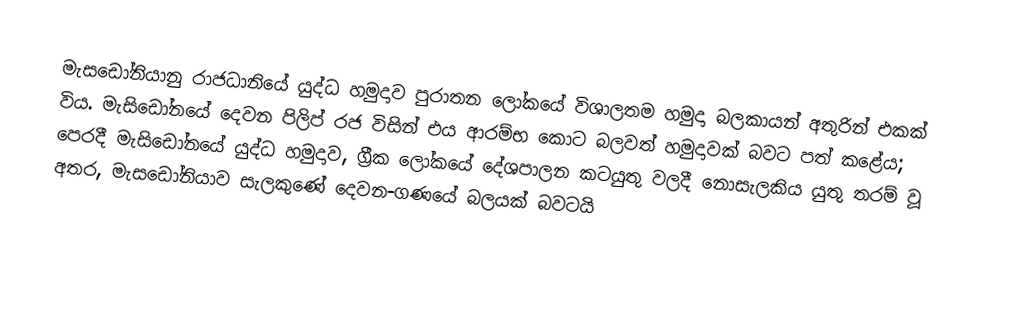
මැසඩෝනියානු රාජධානියේ යුද්ධ හමුදාව  පුරාතන ලෝකයේ විශාලතම හමුදා බලකායන් අතුරින් එකක් විය. මැසිඩෝනයේ දෙවන පිලිප් රජ විසින් එය ආරම්භ කොට බලවත් හමුදාවක් බවට පත් කළේය; පෙරදී මැසිඩෝනයේ යුද්ධ හමුදාව, ග්‍රීක ලෝකයේ දේශපාලන කටයුතු වලදී නොසැලකිය යුතු තරම් වූ අතර, මැසඩෝනියාව සැලකුණේ දෙවන-ගණයේ බලයක් බවටයි